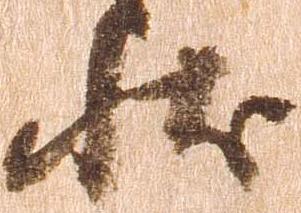
状